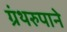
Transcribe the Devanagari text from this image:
ग्रंथरुपाने